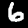
Label: 6